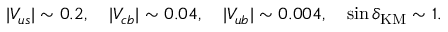
| V _ { u s } | \sim 0 . 2 , \ \ \ | V _ { c b } | \sim 0 . 0 4 , \ \ \ | V _ { u b } | \sim 0 . 0 0 4 , \ \ \ \sin \delta _ { \mathrm { K M } } \sim 1 .